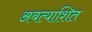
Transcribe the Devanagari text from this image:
अबत्याशित